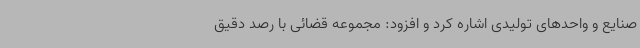
صنایع و واحدهای تولیدی اشاره کرد و افزود: مجموعه قضائی با رصد دقیق